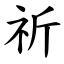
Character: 祈